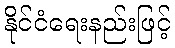
နိုင်ငံရေးနည်းဖြင့်